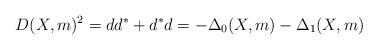
LaTeX: \begin{align*}D(X,m)^2=dd^*+d^*d=-\Delta_0(X,m)-\Delta_1(X,m)\end{align*}